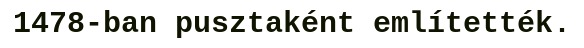
1478-ban pusztaként említették.